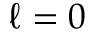
\ell = 0